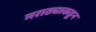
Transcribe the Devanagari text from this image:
मराठ्याकडून